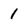
Character: 1